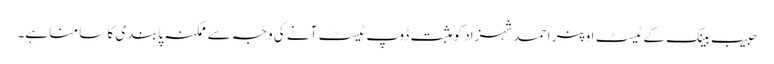
حبیب بینک کے ٹیسٹ اوپنر احمد شہزاد کو مثبت ڈوپ ٹیسٹ آنے کی وجہ سے ممکنہ پابندی کا سا منا ہے۔